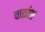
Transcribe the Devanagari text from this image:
वातांश